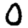
Digit: 0